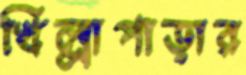
খিল্লাপাড়ার